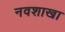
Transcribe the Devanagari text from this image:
नवशाखा